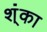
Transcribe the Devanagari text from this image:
श्ंका